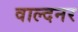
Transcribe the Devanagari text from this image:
वाल्दनर